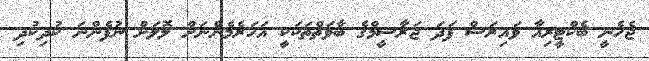
ޖެހެނީ ބެކްޓީރިއާ ވައިރަސް ފަދަ ޖަރާސީމްގެ ބާވަތްތަކަކީ އަހަރެމެންނަށް ލޮލަށް ނުފެންނަ ކުދިކުދި